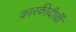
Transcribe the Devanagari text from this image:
कारकीदीर्ची